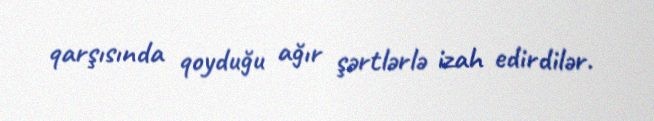
qarşısında qoyduğu ağır şərtlərlə izah edirdilər.